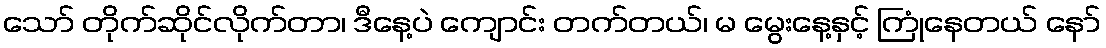
သော် တိုက်ဆိုင်လိုက်တာ၊ ဒီနေ့ပဲ ကျောင်း တက်တယ်၊ မ မွေးနေ့နှင့် ကြုံနေတယ် နော်